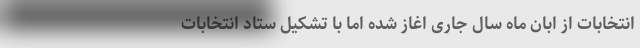
انتخابات از ابان ماه سال جاری اغاز شده اما با تشکیل ستاد انتخابات